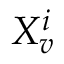
X _ { v } ^ { i }